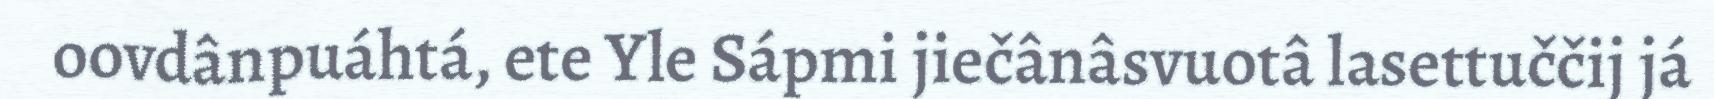
oovdânpuáhtá, ete Yle Sápmi jiečânâsvuotâ lasettuččij já